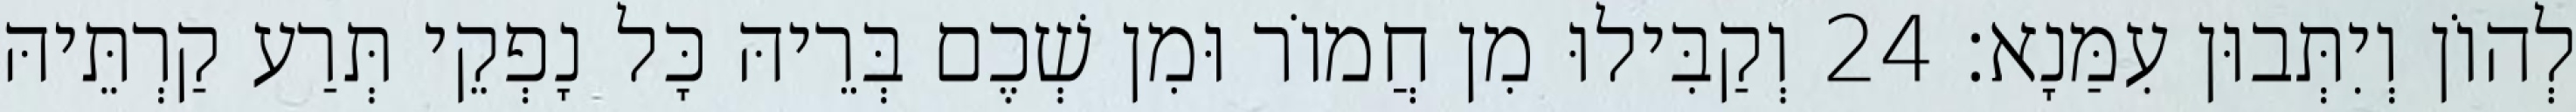
לְהוֹן וְיִתְּבוּן עִמַּנָא׃ 24 וְקַבִּילוּ מִן חֲמוֹר וּמִן שְׁכֶם בְּרֵיהּ כָּל נָפְקֵי תְּרַע קַרְתֵּיהּ